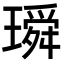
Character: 𤩥